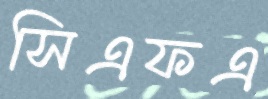
সিএফএ